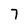
Character: 7